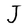
Character: J